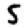
Digit: 5